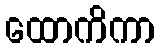
ထောကိကာ